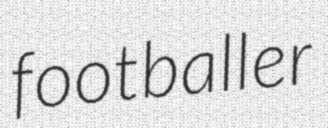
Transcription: footballer